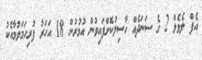
އެފް ލެވެލް 2 ގެ ސަނަދެއް ހާސިލުކޮށްފައިވުން އުމުރުން 18 އަހަރު ފުރިހަމަވުމާއެކު